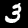
Digit: 3